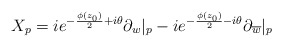
\begin{align*}X_p = ie^{-{\phi(z_0) \over 2} + i\theta}\partial_w|_{p} - ie^{-{\phi(z_0) \over 2} - i\theta}\partial_{\overline{w}}|_{p}\end{align*}